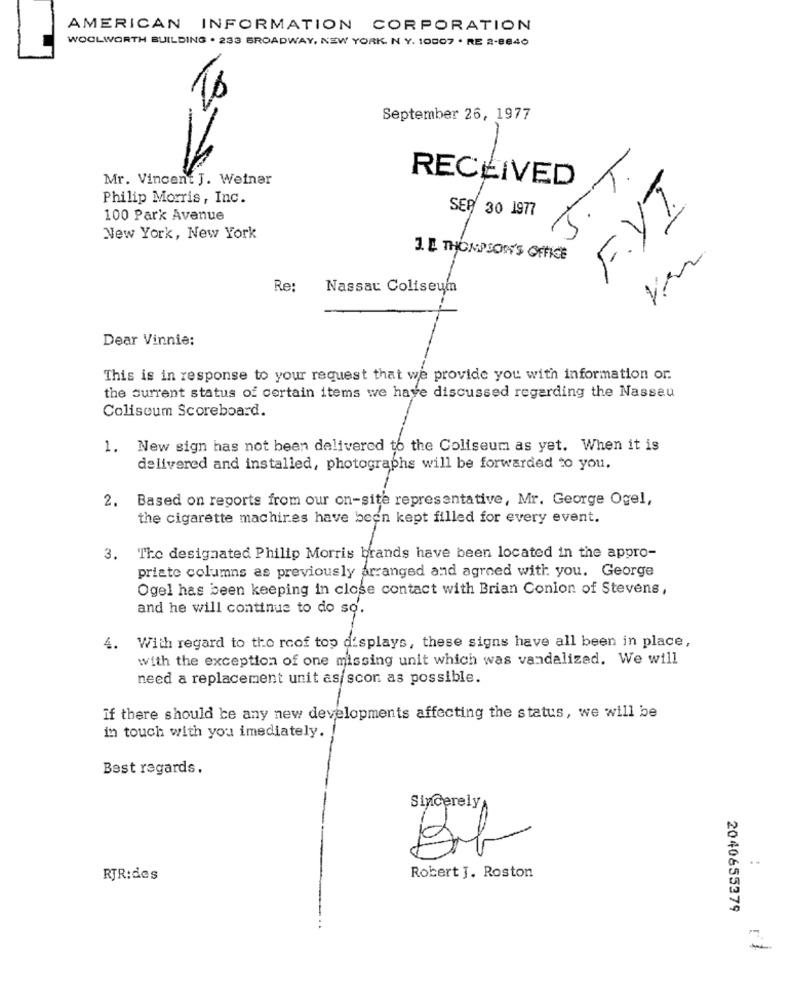
AMERICAN INFORMATION CORPORATION
WOOLWORTH BUILDING . 233 BROADWAY, NEW YORK. N Y. 10007 . RE 2-8840
September 26, 1977
S.T.
Mr. Vincent J. Weinar
RECEIVED
Philip Morris, Inc.
FYI
SEP 30 1977
100 Park Avenue
New York, New York
1.E THOMPSON'S OFFICE
Re
Nassau Coliseum
Dear Vinnie:
This is in response to your request that we provide you with information or.
the current status of certain items we have discussed regarding the Nasseu
Coliseum Scoreboard.
1. New sign has not been delivered to the Coliseum as yet. When it is
delivered and installed, photographs will be forwarded to you.
2.
Based on reports from our on-site representative, Mr. George Ogel,
the cigarette machines have been kept filled for every event.
3. The designated Philip Morris brands have been located in the appro-
priate columns as previously arranged and agreed with you. George
Ogel has been keeping in close contact with Brian Conion of Stevens,
and he will continue to do so.
4.
With regard to the roof top displays, these signs have all been in place,
with the exception of one missing unit which was vandalized. We will
need a replacement unit as scor as possible.
if there should be any new developments affecting the status, we will be
in touch with you imediately.
Best regards.
Sincerely
Brb
Robert J. Roston
RTR:des
2040655379